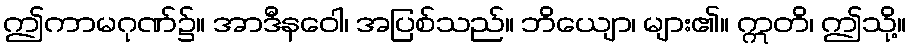
ဤကာမဂုဏ်၌။ အာဒီနဝေါ၊ အပြစ်သည်။ ဘိယျော၊ များ၏။ ဣတိ၊ ဤသို့။